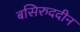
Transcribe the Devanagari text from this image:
बसिरुददीन